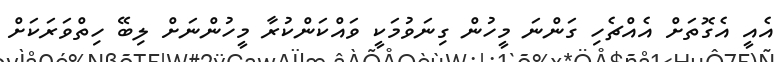
އެއީ އެގޮތަށް އެއްޗެހި ގަންނަ މީހުން ގިނަވުމަކީ ވައްކަންކުރާ މީހުންނަށް ލިބޭ ހިިތްވަރަކަށް